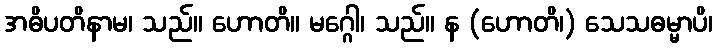
အဓိပတိနာမ၊ သည်။ ဟောတိ။ မဂ္ဂေါ၊ သည်။ န (ဟောတိ၊) သေသဓမ္မာပိ၊